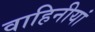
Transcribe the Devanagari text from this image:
वाहिनीयां